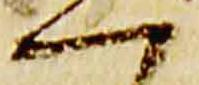
一